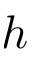
h